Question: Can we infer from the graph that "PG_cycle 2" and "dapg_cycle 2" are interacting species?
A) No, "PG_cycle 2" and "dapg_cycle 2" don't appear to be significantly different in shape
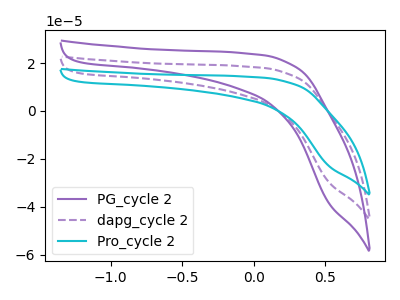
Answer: <think>The purple curve "PG_cycle 2" has no peaks. The purple dashed curve "dapg_cycle 2" has no peaks. The cyan curve "Pro_cycle 2" has no peaks.
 Neither "PG_cycle 2" or "dapg_cycle 2" have any peaks.</think>
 <answer>A) No, "PG_cycle 2" and "dapg_cycle 2" don't appear to be significantly different in shape</answer>
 <eval>A</eval>